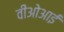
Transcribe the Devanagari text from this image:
वीओआई